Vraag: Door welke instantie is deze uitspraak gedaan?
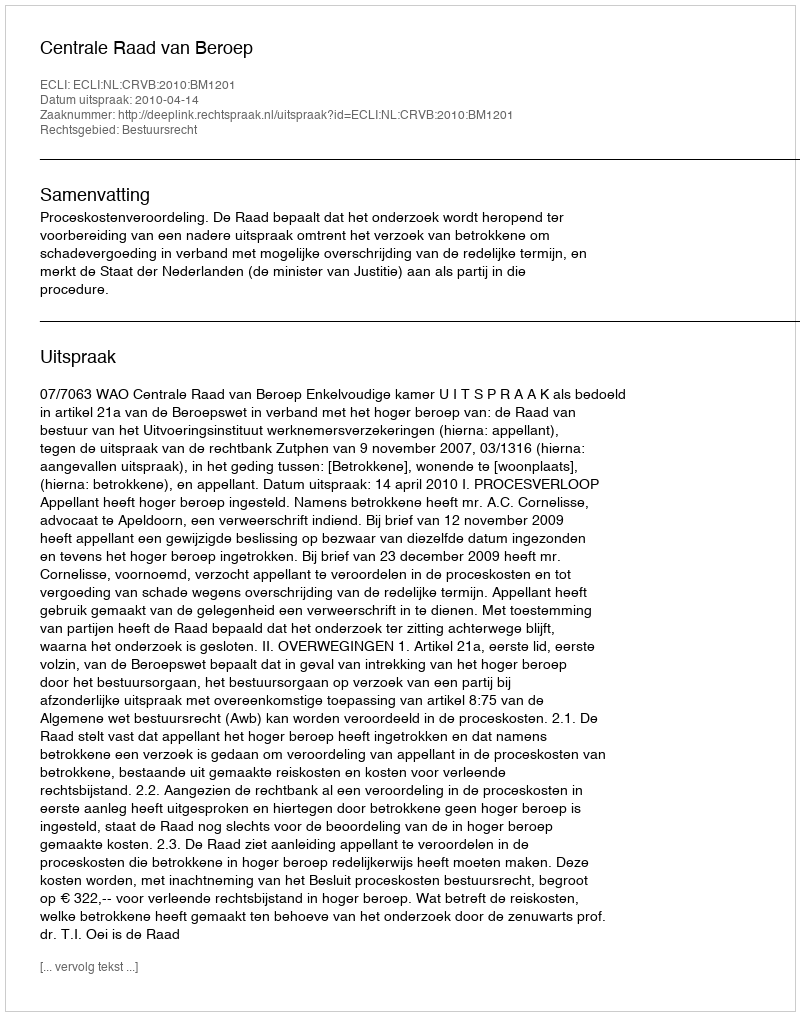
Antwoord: Centrale Raad van Beroep